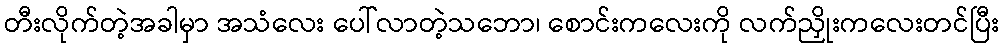
တီးလိုက်တဲ့အခါမှာ အသံလေး ပေါ်လာတဲ့သဘော၊ စောင်းကလေးကို လက်ညှိုးကလေးတင်ပြီး